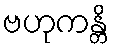
ဗဟုကန္တိ